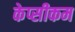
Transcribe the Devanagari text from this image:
केप्सीकम